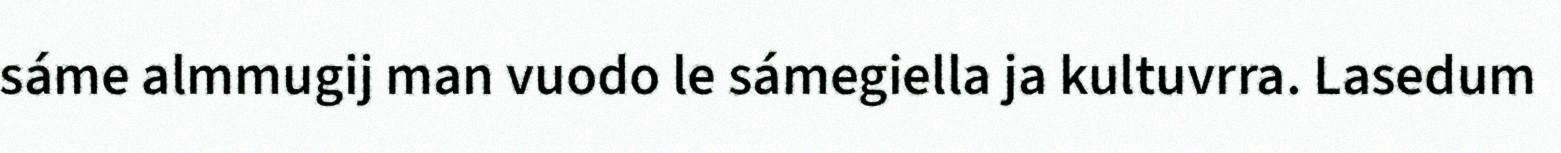
sáme almmugij man vuodo le sámegiella ja kultuvrra. Lasedum